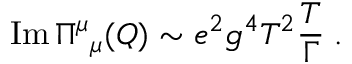
\mathrm { I m } \, \Pi { } ^ { \mu } { } _ { \mu } ( Q ) \sim e ^ { 2 } g ^ { 4 } T ^ { 2 } { \frac { T } { \Gamma } } \; .